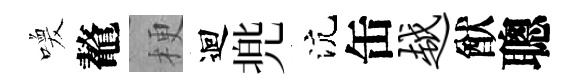
喚鼇梗迴兠沆缶越猷聰